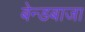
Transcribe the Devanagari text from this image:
बेन्डबाजा